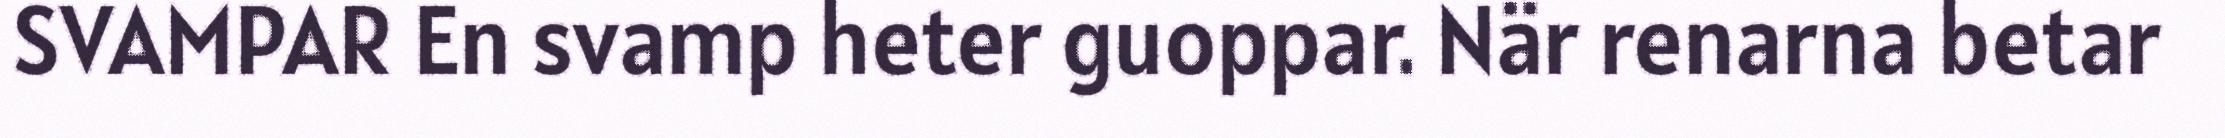
SVAMPAR En svamp heter guoppar. När renarna betar